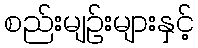
စည်းမျဉ်းများနှင့်